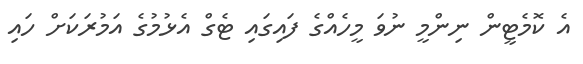
އެ ކޮމެޓީން ނިންމީ ނުވަ މީހެއްގެ ފައިގައި ޓެގް އެޅުމުގެ އަމުރަކަށް ހައި